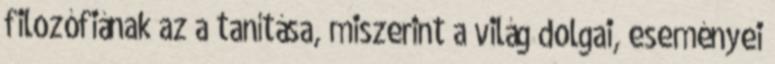
filozófiának az a tanítása, miszerint a világ dolgai, eseményei